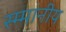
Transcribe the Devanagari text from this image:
स्म्मानीय